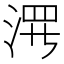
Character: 𱦶